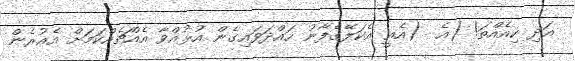
އަދި ކިއެއްތަ! (އެ  (އެއީ އެކަލޭގެފާނު ހައްދަވައިގެން އުޅުއްވާ އެއްޗެއްކަމަށް އެއުރެން